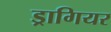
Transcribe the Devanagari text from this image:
ड्रागियर